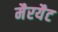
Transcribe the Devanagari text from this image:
मैरयैट